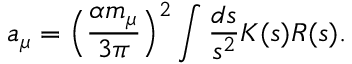
a _ { \mu } = \Big ( \frac { \alpha m _ { \mu } } { 3 \pi } \Big ) ^ { 2 } \int \frac { d s } { s ^ { 2 } } K ( s ) R ( s ) .